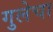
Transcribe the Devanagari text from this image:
गुलेचा